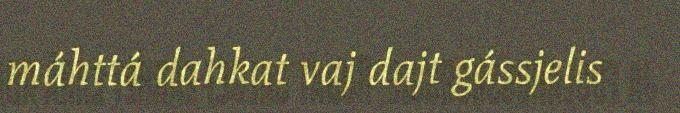
máhttá dahkat vaj dajt gássjelis